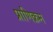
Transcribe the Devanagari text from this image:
प्राणिक्रम